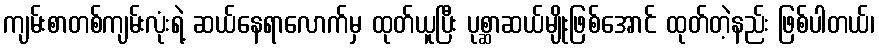
ကျမ်းစာတစ်ကျမ်းလုံးရဲ့ ဆယ်နေရာလောက်မှ ထုတ်ယူပြီး ပုစ္ဆာဆယ်မျိုးဖြစ်အောင် ထုတ်တဲ့နည်း ဖြစ်ပါတယ်၊